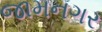
જામનગર